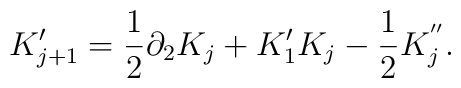
K'_{j+1} = \frac{1}{2} \partial_2 K_j + K_1' K_j - \frac{1}{2} K_j^{''}.